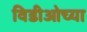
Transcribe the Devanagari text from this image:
विडीओच्या